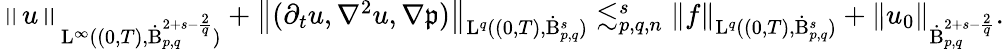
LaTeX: \begin{array}{r}{\left\lVert u\right\rVert_{\mathrm{L}^{\infty}((0,T),\dot{\mathrm{B}}_{p,q}^{2+s-\frac{2}{q}})}+\left\lVert(\partial_{t}u,\nabla^{2}u,\nabla\mathfrak{p})\right\rVert_{\mathrm{L}^{q}((0,T),\dot{\mathrm{B}}_{p,q}^{s})}\lesssim_{p,q,n}^{s}\left\lVert f\right\rVert_{\mathrm{L}^{q}((0,T),\dot{\mathrm{B}}_{p,q}^{s})}+\left\lVert u_{0}\right\rVert_{\dot{\mathrm{B}}_{p,q}^{2+s-\frac{2}{q}}}.}\end{array}